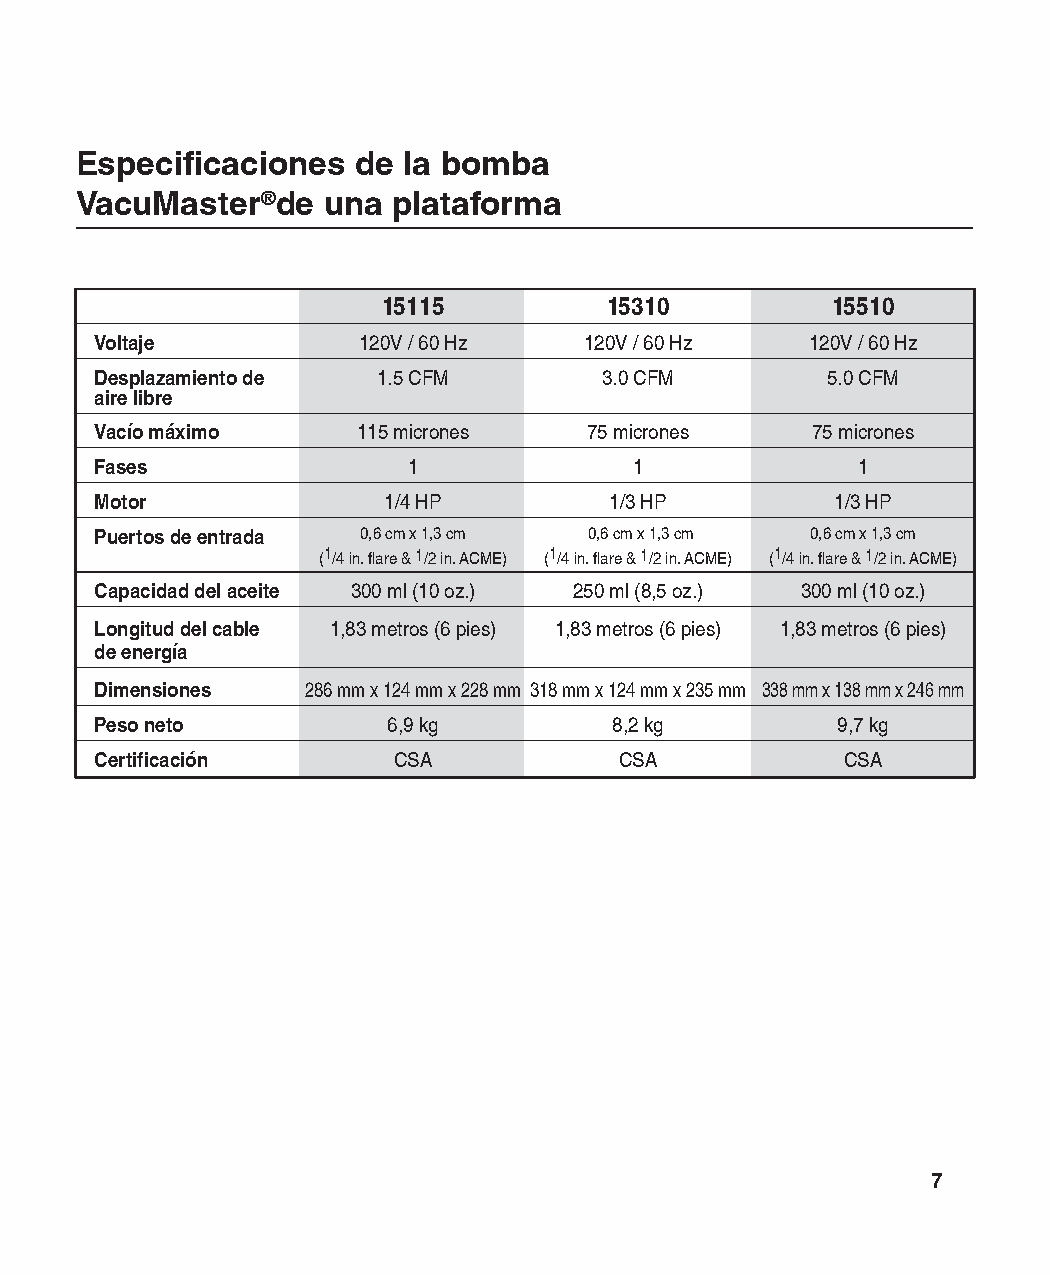
Especificaciones   de la bomba
 VacuMaster®de   una  plataforma
 15115          15310          15510
 Voltaje           120V / 60 Hz   120V / 60 Hz   120V / 60 Hz
 Desplazamiento de  1.5 CFM        3.0 CFM        5.0 CFM
 aire libre
 Vacío máximo      115 micrones   75 micrones    75 micrones
 Fases                1              1              1
 Motor              1/4 HP         1/3 HP         1/3 HP
 Puertos de entrada 0,6 cm x 1,3 cm 0,6 cm x 1,3 cm 0,6 cm x 1,3 cm
 (1/4 in. flare & 1/2 in. ACME) (1/4 in. flare & 1/2 in. ACME) (1/4 in. flare & 1/2 in. ACME)
 Capacidad del aceite 300 ml (10 oz.) 250 ml (8,5 oz.) 300 ml (10 oz.)
 Longitud del cable 1,83 metros (6 pies) 1,83 metros (6 pies) 1,83 metros (6 pies)
 de energía
 Dimensiones   286 mm x 124 mm x 228 mm 318 mm x 124 mm x 235 mm 338 mm x 138 mm x 246 mm
 Peso neto           6,9 kg         8,2 kg        9,7 kg
 Certificación       CSA            CSA            CSA
 7